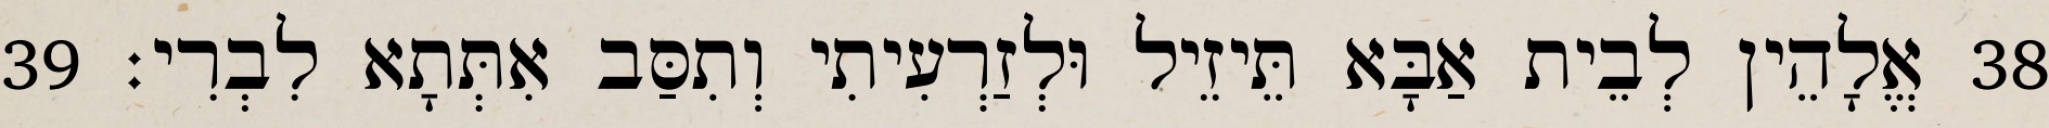
38 אֱלָהֵין לְבֵית אַבָּא תֵּיזֵיל וּלְזַרְעִיתִי וְתִסַּב אִתְּתָא לִבְרִי׃ 39